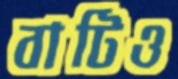
বাটিও